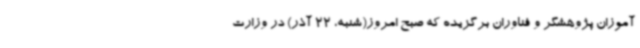
آموزان پژوهشگر و فناوران برگزیده که صبح امروز(شنبه، 22 آذر) در وزارت